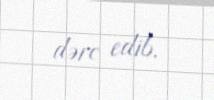
dərc edib.